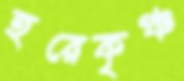
হরেকৃঞ্চ